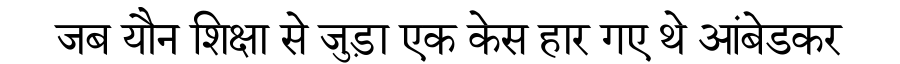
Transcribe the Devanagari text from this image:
जब यौन शिक्षा से जुड़ा एक केस हार गए थे आंबेडकर